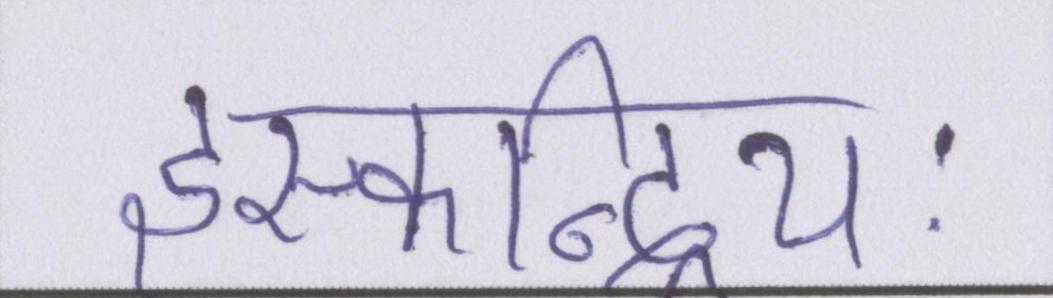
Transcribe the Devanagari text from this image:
इस्कन्द्रियः